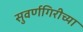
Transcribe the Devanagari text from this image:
सुवर्णगिरीच्या